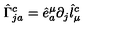
\hat { \Gamma } _ { j a } ^ { c } = \hat { e } _ { a } ^ { \mu } \partial _ { j } \hat { l } _ { \mu } ^ { c }